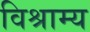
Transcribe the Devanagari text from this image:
विश्राम्य